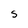
Character: s